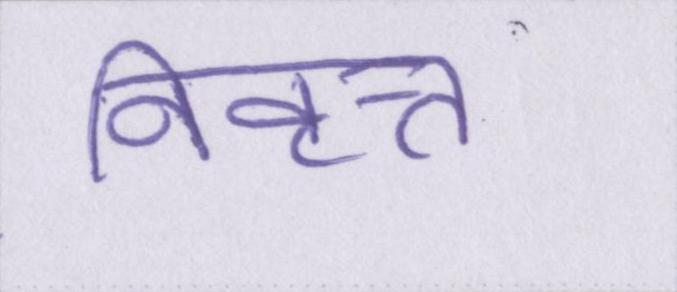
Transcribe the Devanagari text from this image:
निवृत्त